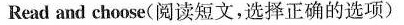
Read and choose（阅读短文,选择正确的选项）